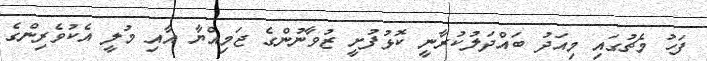
ފަހު މެޗުގައި މިއަދު ބައްދަލުކުރާނީ ކޮޅުފުށީ ޒުވާނުންގެ ޖަމިއްޔާ އާއި މުލީ އެކުވެރިންގެ